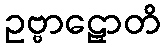
ဥဗ္ဗာဠှောတိ